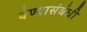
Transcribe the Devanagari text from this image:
येण्यासंबंधी